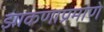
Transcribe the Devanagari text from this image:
झाकणाप्रमाणे